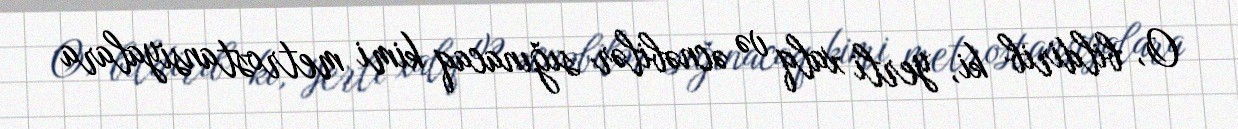
O, bildirib ki, yerli xalq və əcnəbilər sığınacaq kimi metrostansiyalara